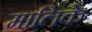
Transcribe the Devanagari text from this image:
मालिके